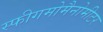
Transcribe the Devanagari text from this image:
स्फीगमोमैनोमीटर